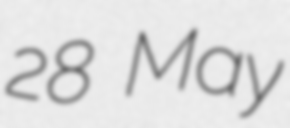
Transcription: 28 May